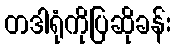
တဒါရုံကိုပြဆိုခန်း